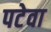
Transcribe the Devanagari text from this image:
पटेवा